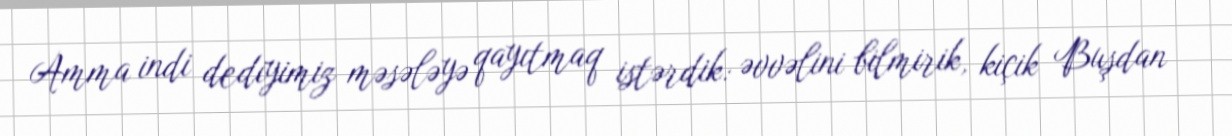
Amma indi dediyimiz məsələyə qayıtmaq istərdik: əvvəlini bilmirik, kiçik Buşdan